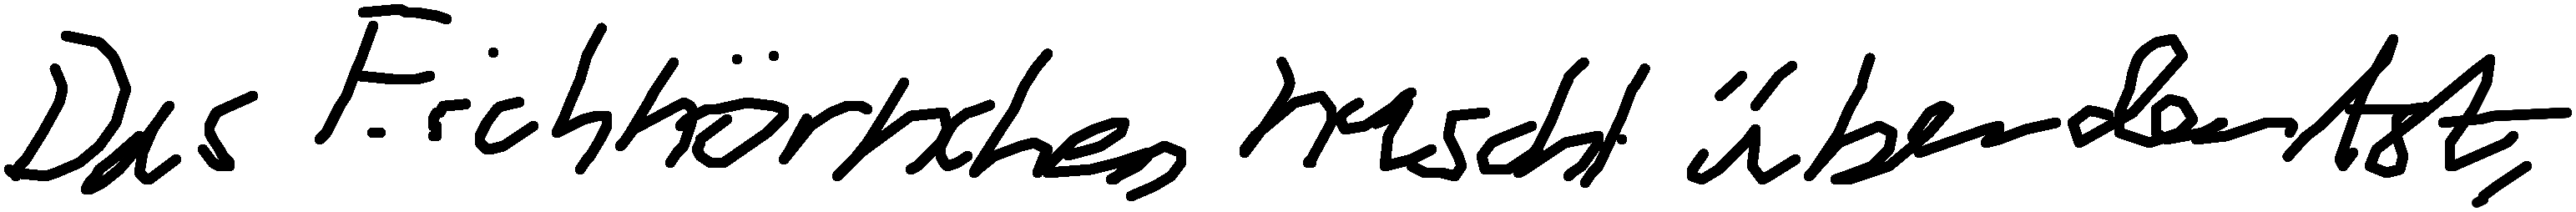
Das Eichhörnchen huscht über den Ast.